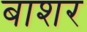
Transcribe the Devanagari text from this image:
बाशर